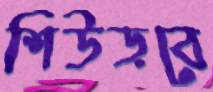
শিউড়বে